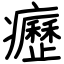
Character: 癧